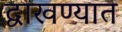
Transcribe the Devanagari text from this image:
द्वाखण्यात